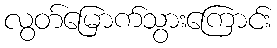
လွတ်မြောက်သွားကြောင်း